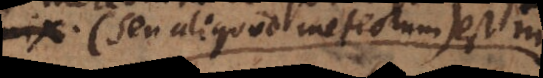
(seu aliquod meteorum) est nix.